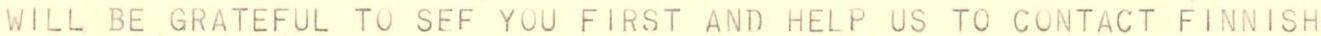
WILL BE GRATEFUL TO SEF YOU FIRST AND HELP US TO CONTACT FINNISH